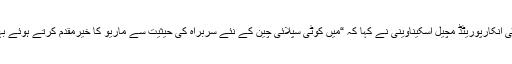
سی ای او کوٹی انکارپوریٹڈ مچیل اسکیناوینی نے کہا کہ “میں کوٹی سپلائی چین کے نئے سربراہ کی حیثیت سے ماریو کا خیرمقدم کرتے ہوئے بہت خوش ہوں۔